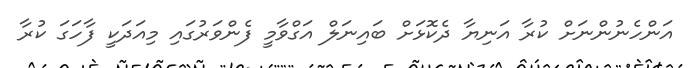
އަންހެނުންނަށް ކުރާ އަނިޔާ ދެކޮޅަށް ބައިނަލް އަގްވާމީ ފެންވަރުގައި މިއަދަކީ ފާހަގަ ކުރާ